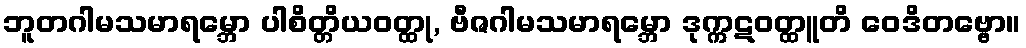
ဘူတဂါမသမာရမ္ဘော ပါစိတ္တိယဝတ္ထု, ဗီဇဂါမသမာရမ္ဘော ဒုက္ကဋဝတ္ထူတိ ဝေဒိတဗ္ဗော။